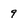
Character: 9